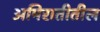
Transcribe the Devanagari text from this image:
अमिरातीतील